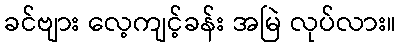
ခင်ဗျား လေ့ကျင့်ခန်း အမြဲ လုပ်လား။